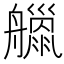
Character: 𦪴